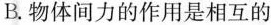
B.物体间力的作用是相互的